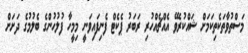
މަސްތުވާތަކެތިކަމަށް ޝައްކުރެވޭ އެއްޗެއްހުރި ރަބަރު ޕެކެޓް ފެނިފައިވަނީ މިމީހާ ފުލުހުންގެ ބެލުމުގެ ދަށަށް